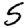
Digit: 5